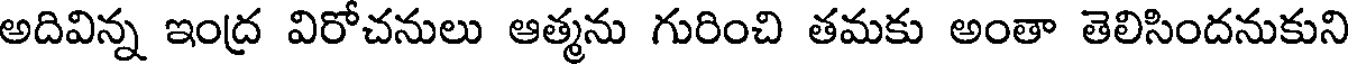
అదివిన్న ఇంద్ర విరోచనులు ఆత్మను గురించి తమకు అంతా తెలిసిందనుకుని